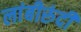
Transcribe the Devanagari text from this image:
लांबीरुंदी